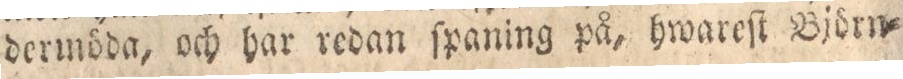
dermöda, och har redan ſpaning på, hwareſt Björn=